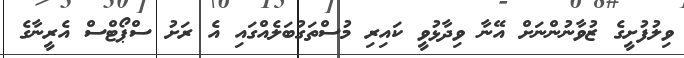
ވިލުފުށީގެ ޒުވާނުންނަށް އޭނާ ވިދާޅުވީ ކައިރި މުސްތަގުބަލެއްގައި އެ ރަށު ސްޕޯޓްސް އެރީނާގެ